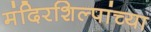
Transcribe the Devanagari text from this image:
मंदिरशिल्पांच्या